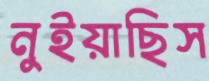
নুইয়াছিস